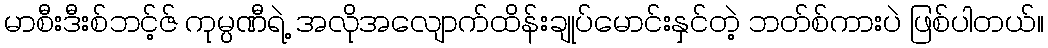
မာစီးဒီးစ်ဘင့်ဇ် ကုမ္ပဏီရဲ့ အလိုအလျောက်ထိန်းချုပ်မောင်းနှင်တဲ့ ဘတ်စ်ကားပဲ ဖြစ်ပါတယ်။